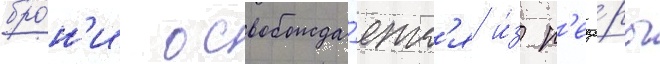
бро́н'и освобожда́етс'я и́з п'еще́ры